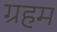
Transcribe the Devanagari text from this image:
ग्रहम